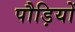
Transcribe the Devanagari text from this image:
पौड़ियों